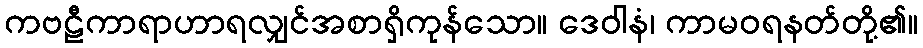
ကဗဠီကာရာဟာရလျှင်အစာရှိကုန်သော။ ဒေဝါနံ၊ ကာမဝရနတ်တို့၏။